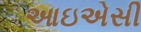
આઇએસી